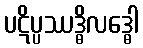
ပဋိပ္ပဿဒ္ဓိလဒ္ဓေါ